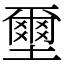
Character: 壐